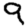
Digit: 9